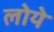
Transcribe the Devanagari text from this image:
लोये